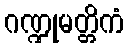
ဂဏ္ဍုမတ္တိကံ